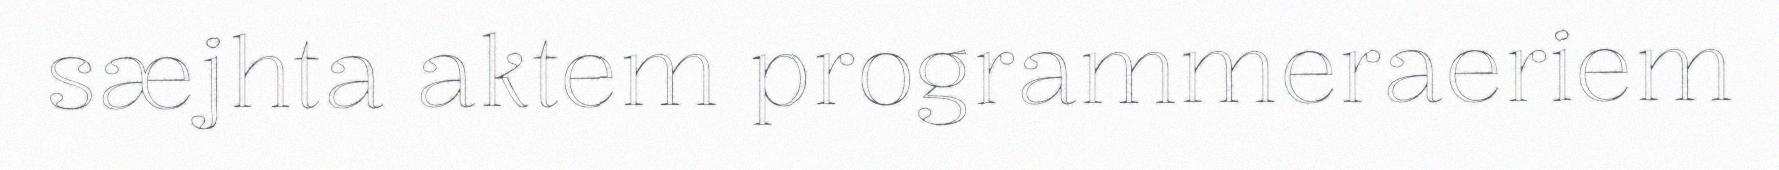
sæjhta aktem programmeraeriem